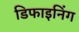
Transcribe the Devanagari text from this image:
डिफाइनिंग